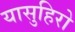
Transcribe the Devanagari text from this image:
यासुहिरो